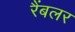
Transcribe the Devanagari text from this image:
रैंबलर